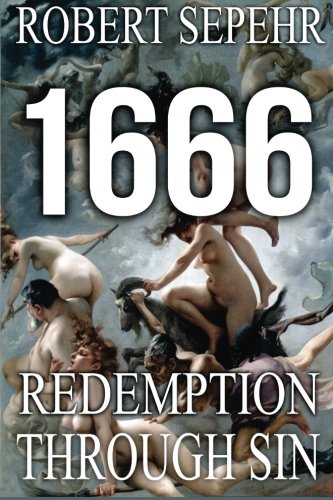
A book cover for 1666 Redemption Through Sin: Global Conspiracy in History, Religion, Politics and Finance; Robert Sepehr; Religion & Spirituality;